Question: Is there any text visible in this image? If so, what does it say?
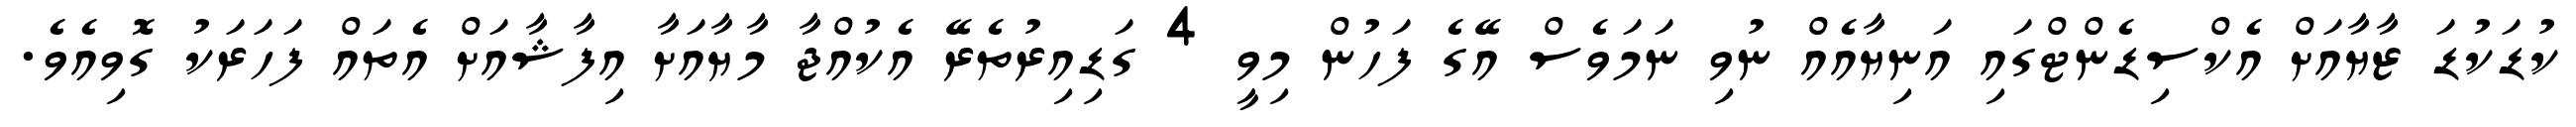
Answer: ކުޑަކުޑަ ޒާޔާއަށް އެކްސިޑެންޓްގައި އަނިޔާއެއް ނުވި ނަމަވެސް އޭގެ ފަހުން މިވީ 4 ގަޑިއިރުތެރޭ އެކުއްޖާ މާޔާއަށާ އިފާޝާއަށް އެތައް ފަހަރަކު ގޮވިއެވެ.